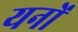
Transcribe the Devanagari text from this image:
यनों